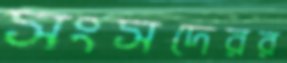
সংসদেরর